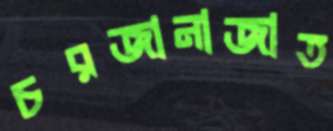
চরজানাজাত